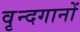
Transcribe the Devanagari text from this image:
वृन्दगानों